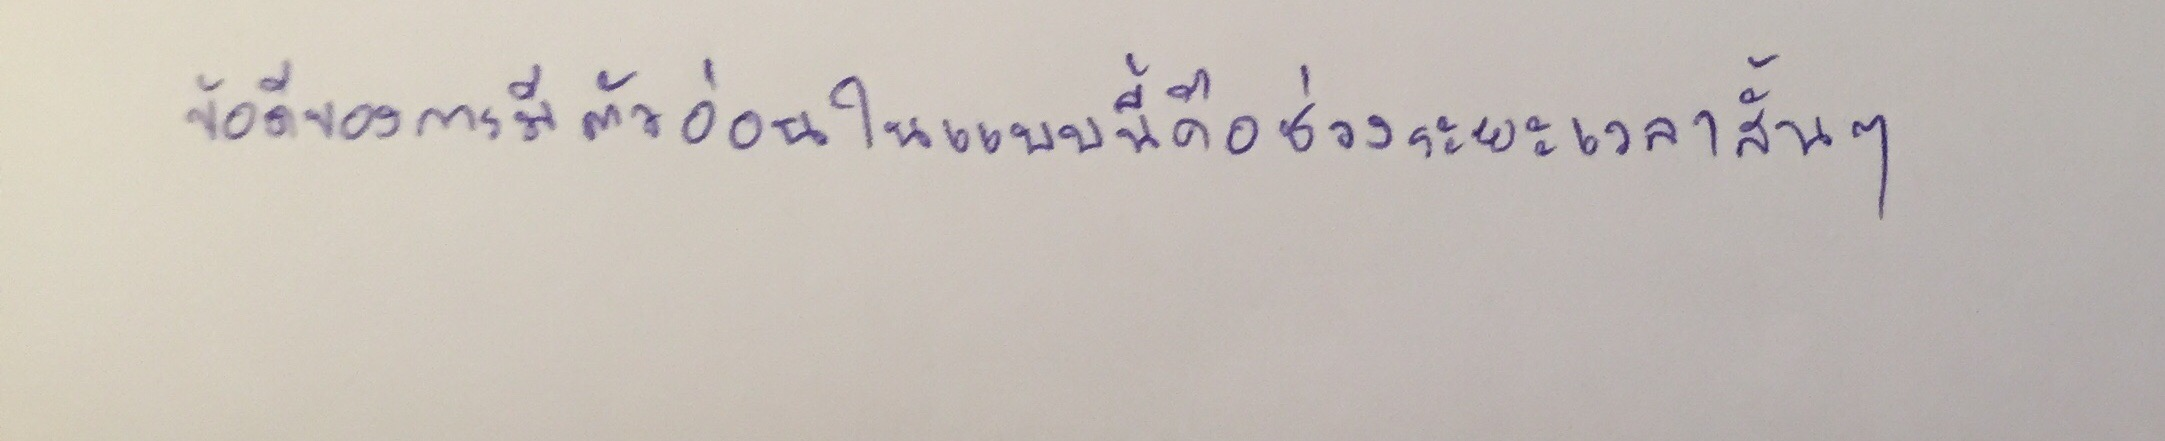
ข้อดีของการมีตัวอ่อนในแบบนี้คือช่วงระยะเวลาสั้นๆ